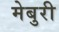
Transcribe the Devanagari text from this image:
मेबुरी